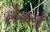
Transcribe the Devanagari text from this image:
लेम्ले